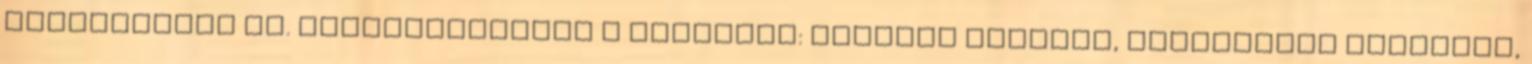
gépkocsival is. Nevezetességek a közelben: Nemzeti Színház, Művészetek Palotája,